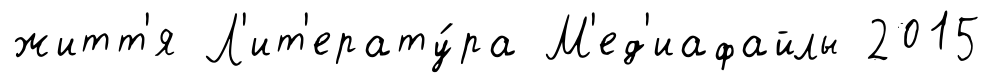
житт'я Л'ит'ерату́ра М'ед'иафайлы 2015